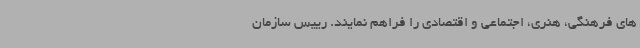
های فرهنگی، هنری، اجتماعی و اقتصادی را فراهم نمایند. رییس سازمان